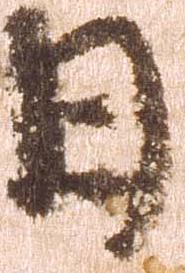
日